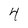
Character: 4